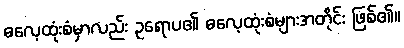
ဓလေ့ထုံးစံမှာလည်း ဥရောပ၏ ဓလေ့ထုံးစံများအတိုင်း ဖြစ်၏။